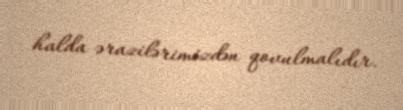
halda ərazilərimizdən qovulmalıdır.